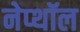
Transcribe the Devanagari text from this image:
नेप्थॉल